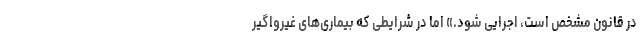
در قانون مشخص است، اجرایی شود.» اما در شرایطی که بیماری‌های غیرواگیر